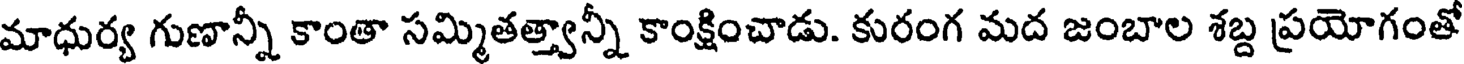
మాధుర్య గుణాన్నీ కాంతా సమ్మితత్త్వాన్నీ కాంక్షించాడు. కురంగ మద జంబాల శబ్ద ప్రయోగంతో